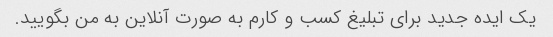
یک ایده جدید برای تبلیغ کسب و کارم به صورت آنلاین به من بگویید.